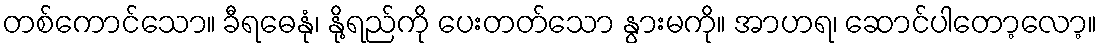
တစ်ကောင်သော။ ခီရဓေနုံ၊ နို့ရည်ကို ပေးတတ်သော နွားမကို။ အာဟရ၊ ဆောင်ပါတော့လော့။